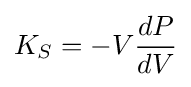
K_{S}=-V{\frac {dP}{dV}}